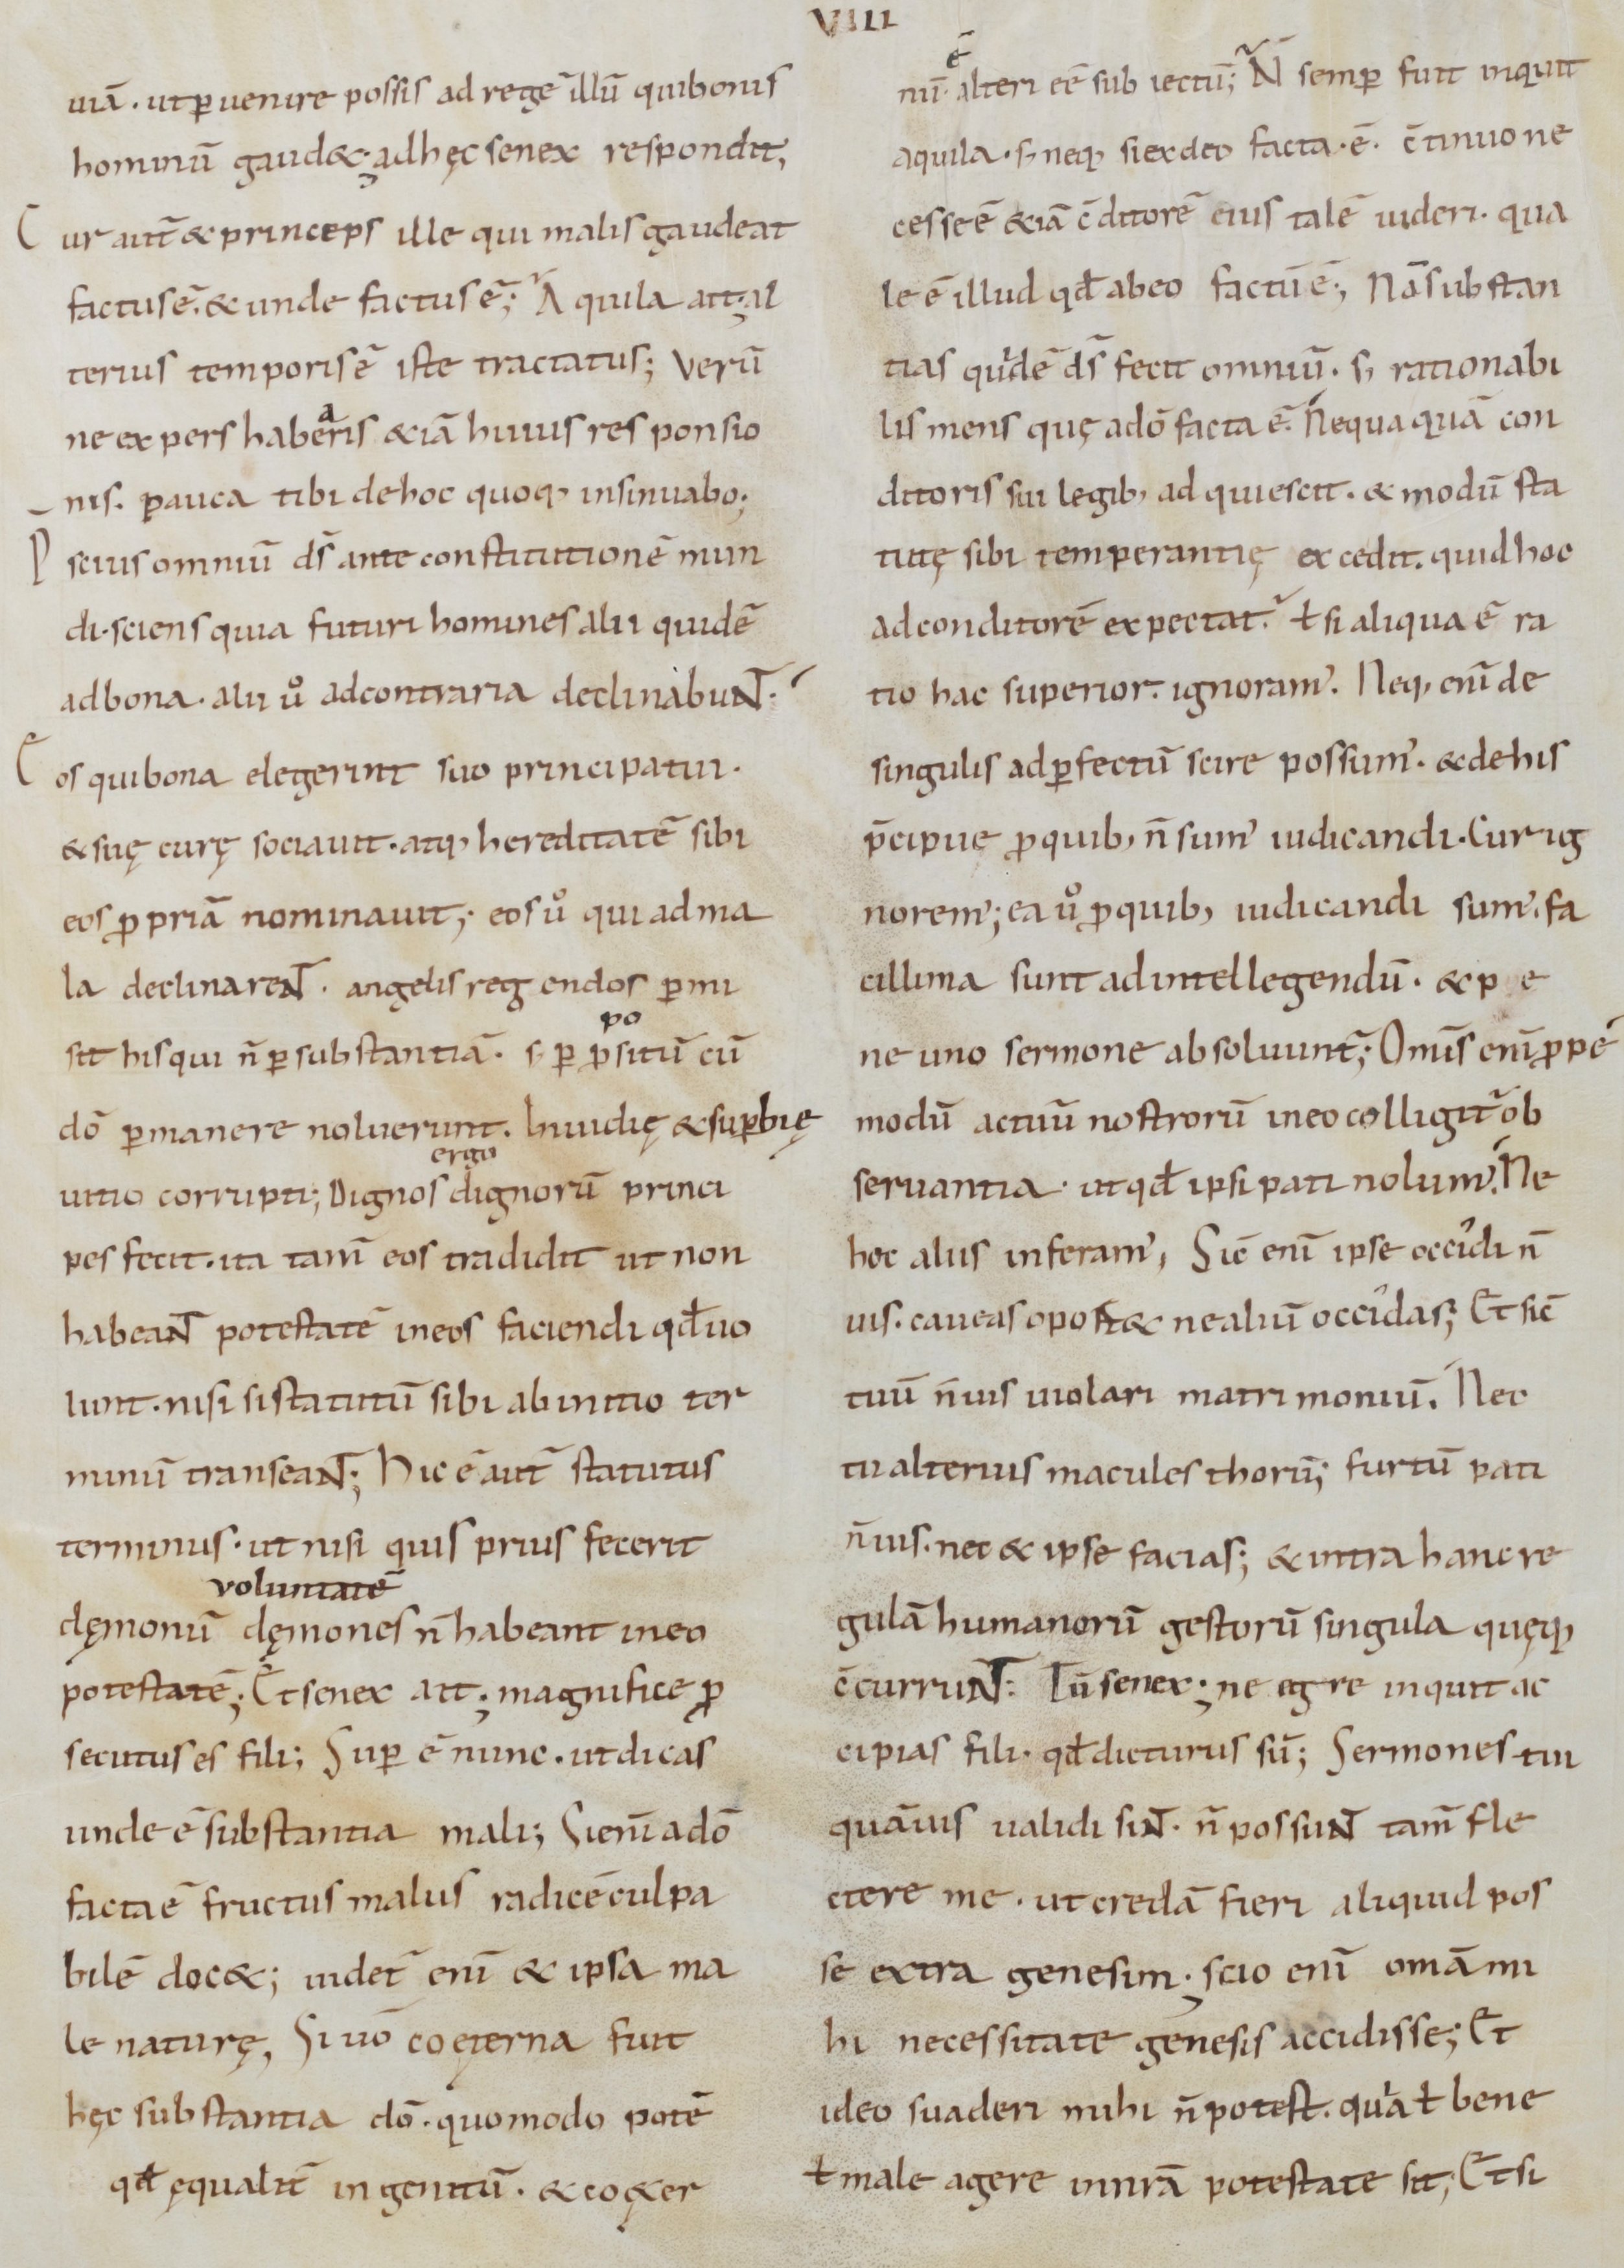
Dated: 800–899